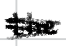
Text: the
Cross-out: scratch
Writing tool: digital_black